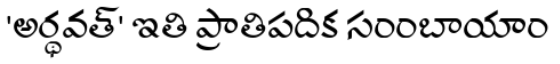
'అర్థవత్' ఇతి ప్రాతిపదిక సంంబాయాం